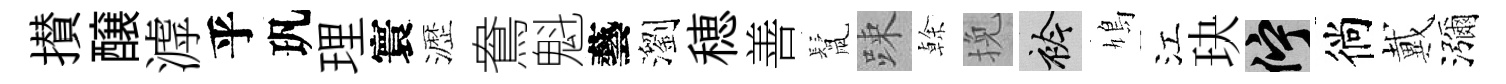
攅醸滹乎㺬理寰瀝鴦魁藝瀏穂善鬛踈𠏉挽衿鳩江玦伫徜戴瀰